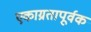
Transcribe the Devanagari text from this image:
एकाग्रतापूर्वक